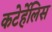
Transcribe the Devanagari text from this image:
कटेर्हेलिस